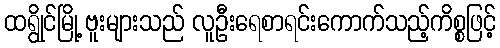
ထရွိုင်မြို့ ဗူးများသည် လူဦးရေစာရင်းကောက်သည့်ကိစ္စဖြင့်